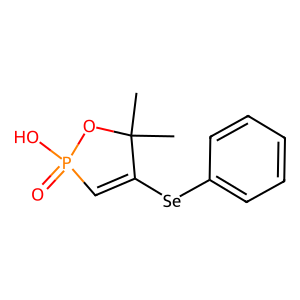
SMILES: CC1(C)OP(=O)(O)C=C1[Se]c1ccccc1
Inhibits HIV replication: No